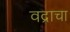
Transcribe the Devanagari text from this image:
वद्राचा